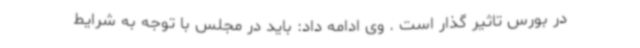
در بورس تاثیر گذار است . وی ادامه داد: باید در مجلس با توجه به شرایط